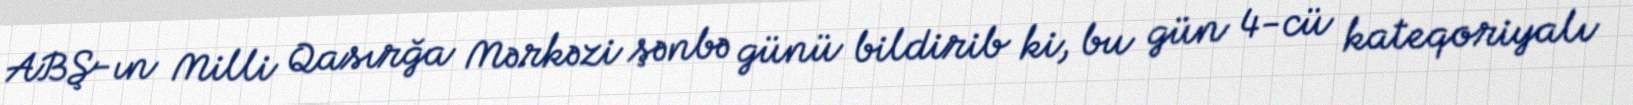
ABŞ-ın Milli Qasırğa Mərkəzi şənbə günü bildirib ki, bu gün 4-cü kateqoriyalı